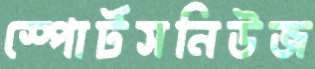
স্পোর্টসনিউজ